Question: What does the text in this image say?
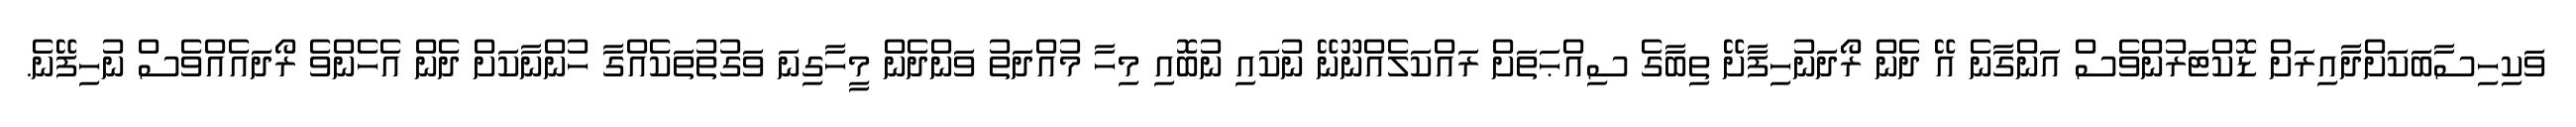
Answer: ވަކިހިސާބަކަށްދާއިރަށް ޑޮކްޓަރުންވެސް އަންގާނެ އޭ ދެން ރޯދަނުހިފާށޭ ތިބާގެ ސިއްޙަތަށް ރައްކަލެއްނޫނޭ ނުކައި ނުބޮއި މިހާ މުއްދަތު ވަންދެން މީހާގިނަ ވަގުތުތަކެއްގާ ހުންނާކަށް ދެން އެހެންވެ ރޯދައެއްވެސް ނުހިފޭނެ.